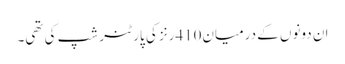
ان دونوں کے درمیان410رنز کی پارٹنر شپ کی تھی۔